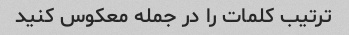
ترتیب کلمات را در جمله معکوس کنید